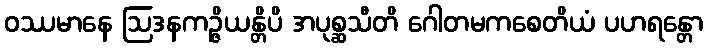
ဝဿမာနေ ဩဒနကဉ္ဇိယန္တိပိ အပုစ္ဆသီတိ ဂေါတမကစေတိယံ ပဟရန္တော